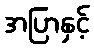
အပြာနှင့်